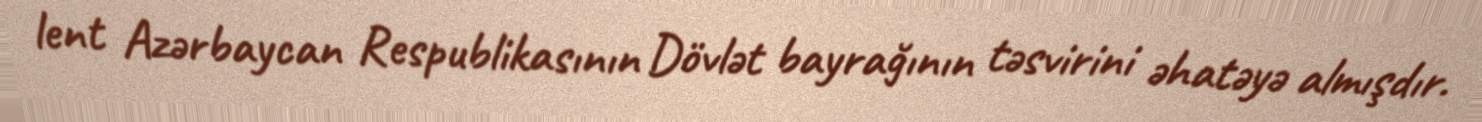
lent Azərbaycan Respublikasının Dövlət bayrağının təsvirini əhatəyə almışdır.